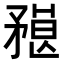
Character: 𥎇